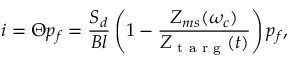
i = \Theta p _ { f } = \frac { S _ { d } } { B l } \left( 1 - \frac { Z _ { m s } ( \omega _ { c } ) } { Z _ { \textrm { t a r g } } ( t ) } \right) p _ { f } ,